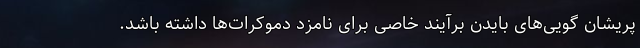
پریشان‌ گویی‌های بایدن برآیند خاصی برای نامزد دموکرات‌ها داشته باشد.